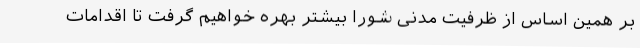
بر همین اساس از ظرفیت مدنی شورا بیشتر بهره خواهیم گرفت تا اقدامات